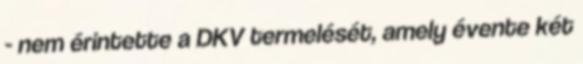
- nem érintette a DKV termelését, amely évente két